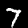
Label: 7